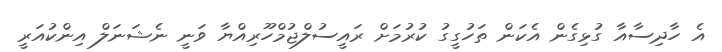
އެ ހާދިސާއާ ގުޅިގެން އެކަން ތަހުގީގު ކުރުމަށް ރައީސުލްޖުމްހޫރިއްޔާ ވަނީ ނެޝަނަލް އިންކުއަރީ